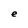
Character: e